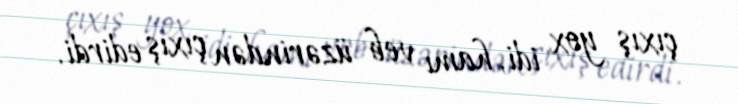
çıxış yox idi, hamı veb üzərindən çıxış edirdi.